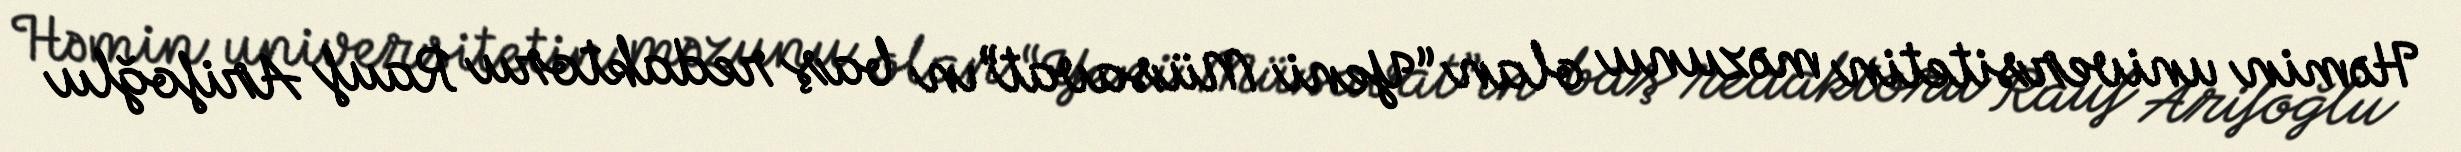
Həmin universitetin məzunu olan “Yeni Müsavat”ın baş redaktoru Rauf Arifoğlu